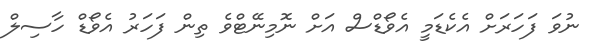
ނުވަ ފަހަރަށް އެކެޑަމީ އެވޯޑްސް އަށް ނޮމިނޭޓްވެ ތިން ފަހަރު އެވޯޑް ހާސިލް